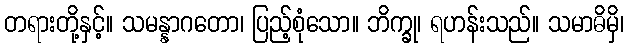
တရားတို့နှင့်။ သမန္နာဂတော၊ ပြည့်စုံသော။ ဘိက္ခု၊ ရဟန်းသည်။ သမာဓိမှိ၊